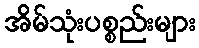
အိမ်သုံးပစ္စည်းများ